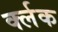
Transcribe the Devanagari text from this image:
र्क्लक